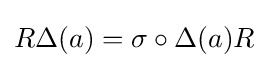
R\Delta (a)=\sigma \circ \Delta (a)R